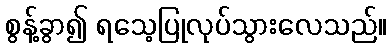
စွန့်ခွာ၍ ရသေ့ပြုလုပ်သွားလေသည်။